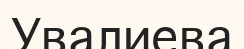
Увалиева